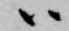
ハ